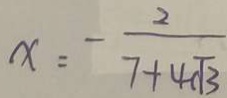
x = - \frac { 2 } { 7 + 4 \sqrt { 3 } }